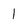
Character: 1